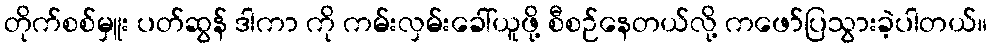
တိုက်စစ်မှူး ပတ်ဆွန် ဒါကာ ကို ကမ်းလှမ်းခေါ်ယူဖို့ စီစဉ်နေတယ်လို့ ကဖော်ပြသွားခဲ့ပါတယ်။